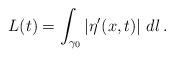
LaTeX: \begin{align*}L(t)=\int_{\gamma_0} |\eta'(x,t)|\ dl\,.\end{align*}